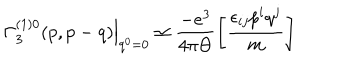
LaTeX: \left. \Gamma _ { 3 } ^ { ( 1 ) 0 } ( p , p - q ) \right| _ { q ^ { 0 } = 0 } \simeq \frac { - e ^ { 3 } } { 4 \pi \Theta } \left[ \frac { \epsilon _ { i j } p ^ { i } q ^ { j } } m \right]